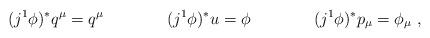
LaTeX: \begin{align*} (j^1 \phi)^* q^\mu & = q^\mu & (j^1 \phi)^* u & = \phi & (j^1 \phi)^* p_\mu & = \phi_\mu \ , \end{align*}